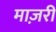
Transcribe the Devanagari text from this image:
माज़री